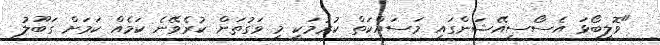
"ވޮލީބޯޅަ އެސޯސިއޭޝަންގައި މަސައްކަތް ކުރުމަކީ މި ވަގުތަށް ކުރެވޭނެ ކަމެއް ކަމަށް ގަބޫލު